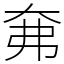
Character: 㚕